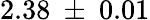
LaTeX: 2.38~\pm~0.01